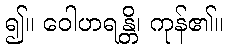
၍။ ဝေါဟရန္တိ၊ ကုန်၏။